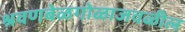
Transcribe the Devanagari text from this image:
श्रवणबेळगोळाजवळील